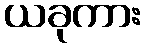
ယခုကား